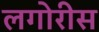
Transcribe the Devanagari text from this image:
लगोरीस